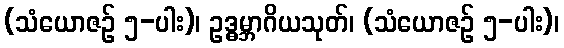
(သံယောဇဉ် ၅-ပါး)၊ ဥဒ္ဓမ္ဘာဂိယသုတ်၊ (သံယောဇဉ် ၅-ပါး)၊